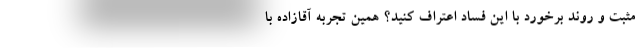
مثبت و روند برخورد با این فساد اعتراف کنید؟ همین تجربه آقازاده با